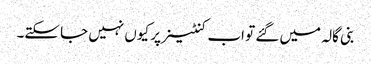
بنی گالہ میں گئے تو اب کنٹینر پر کیوں نہیں جا سکتے۔